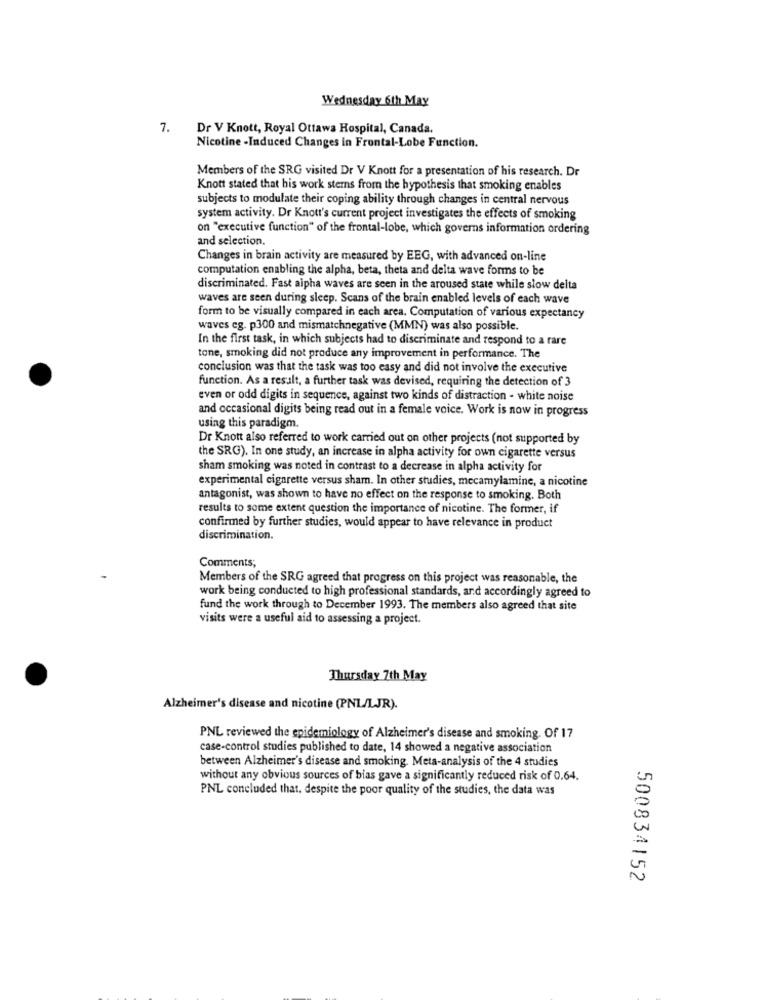
Wednesday 6th May
7. Dr V Knott, Royal Ottawa Hospital, Canada.
Nicotine -Induced Changes in Frontal-Lobe Function.
Members of the SRG visited Dr V Knott for a presentation of his research. Dr
Knott stated that his work stems from the hypothesis that smoking enables
subjects to modulate their coping ability through changes in central nervous
system activity. Dr Knott's current project investigates the effects of smoking
on "executive function" of the frontal-lobe, which governs information ordering
and selection.
Changes in brain activity are measured by EEG, with advanced on-line
computation enabling the alpha, beta, theta and delta wave forms to be
discriminated. Fast alpha waves are seen in the aroused state while slow delta
waves are seen during sleep. Scans of the brain enabled levels of each wave
form to be visually compared in each area. Computation of various expectancy
waves eg. p300 and mismatchnegative (MMN) was also possible.
In the first task, in which subjects had to discriminate and respond to a rare
tone, smoking did not produce any improvement in performance. The
conclusion was that the task was too easy and did not involve the executive
function. As a result, a further task was devised, requiring the detection of 3
even or odd digits in sequence, against two kinds of distraction - white noise
and occasional digits being read out in a female voice. Work is now in progress
using this paradigm.
Dr Knott also referred to work carried out on other projects (not supported by
the SRG). In one study, an increase in alpha activity for own cigarette versus
sham smoking was noted in contrast to a decrease in alpha activity for
experimental cigarette versus sham. In other studies, mecamylamine, a nicotine
antagonist, was shown to have no effect on the response to smoking. Both
results to some extent question the importance of nicotine. The former, if
confirmed by further studies, would appear to have relevance in product
discrimination.
Comments;
Members of the SRG agreed that progress on this project was reasonable, the
work being conducted to high professional standards, and accordingly agreed to
fund the work through to December 1993. The members also agreed that site
visits were a useful aid to assessing a project.
Thursday 7th May
Alzheimer's disease and nicotine (PNL/LJR).
PNL reviewed the epidemiology of Alzheimer's disease and smoking. Of 17
case-control studies published to date, 14 showed a negative association
between Alzheimer's disease and smoking. Meta-analysis of the 4 studies
without any obvious sources of bias gave a significantly reduced risk of 0.64.
PNL concluded that. despite the poor quality of the studies, the data was
500834152